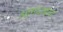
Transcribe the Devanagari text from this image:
आमदाबाद